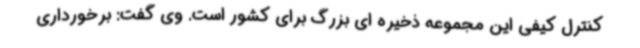
کنترل کیفی این مجموعه ذخیره ای بزرگ برای کشور است. وی گفت: برخورداری